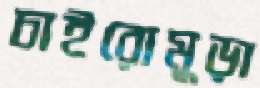
চাইরোমুড়া